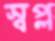
স্বপ্ল